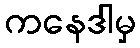
ကနေဒါမှ